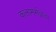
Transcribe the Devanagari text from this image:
कलामर्मज्ञता